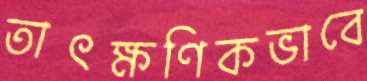
তাৎক্ষণিকভাবে